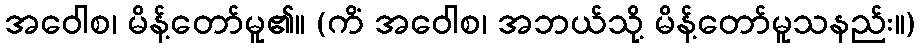
အဝေါစ၊ မိန့်တော်မူ၏။ (ကိံ အဝေါစ၊ အဘယ်သို့ မိန့်တော်မူသနည်း။)